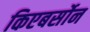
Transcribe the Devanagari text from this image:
किएबर्सोन